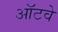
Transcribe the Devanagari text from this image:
ऑटवे